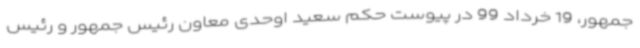
جمهور، 19 خرداد 99 در پیوست حکم سعید اوحدی معاون رئیس جمهور و رئیس